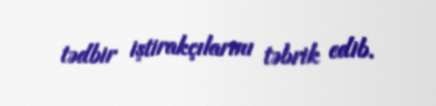
tədbir iştirakçılarını təbrik edib.